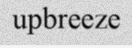
upbreeze